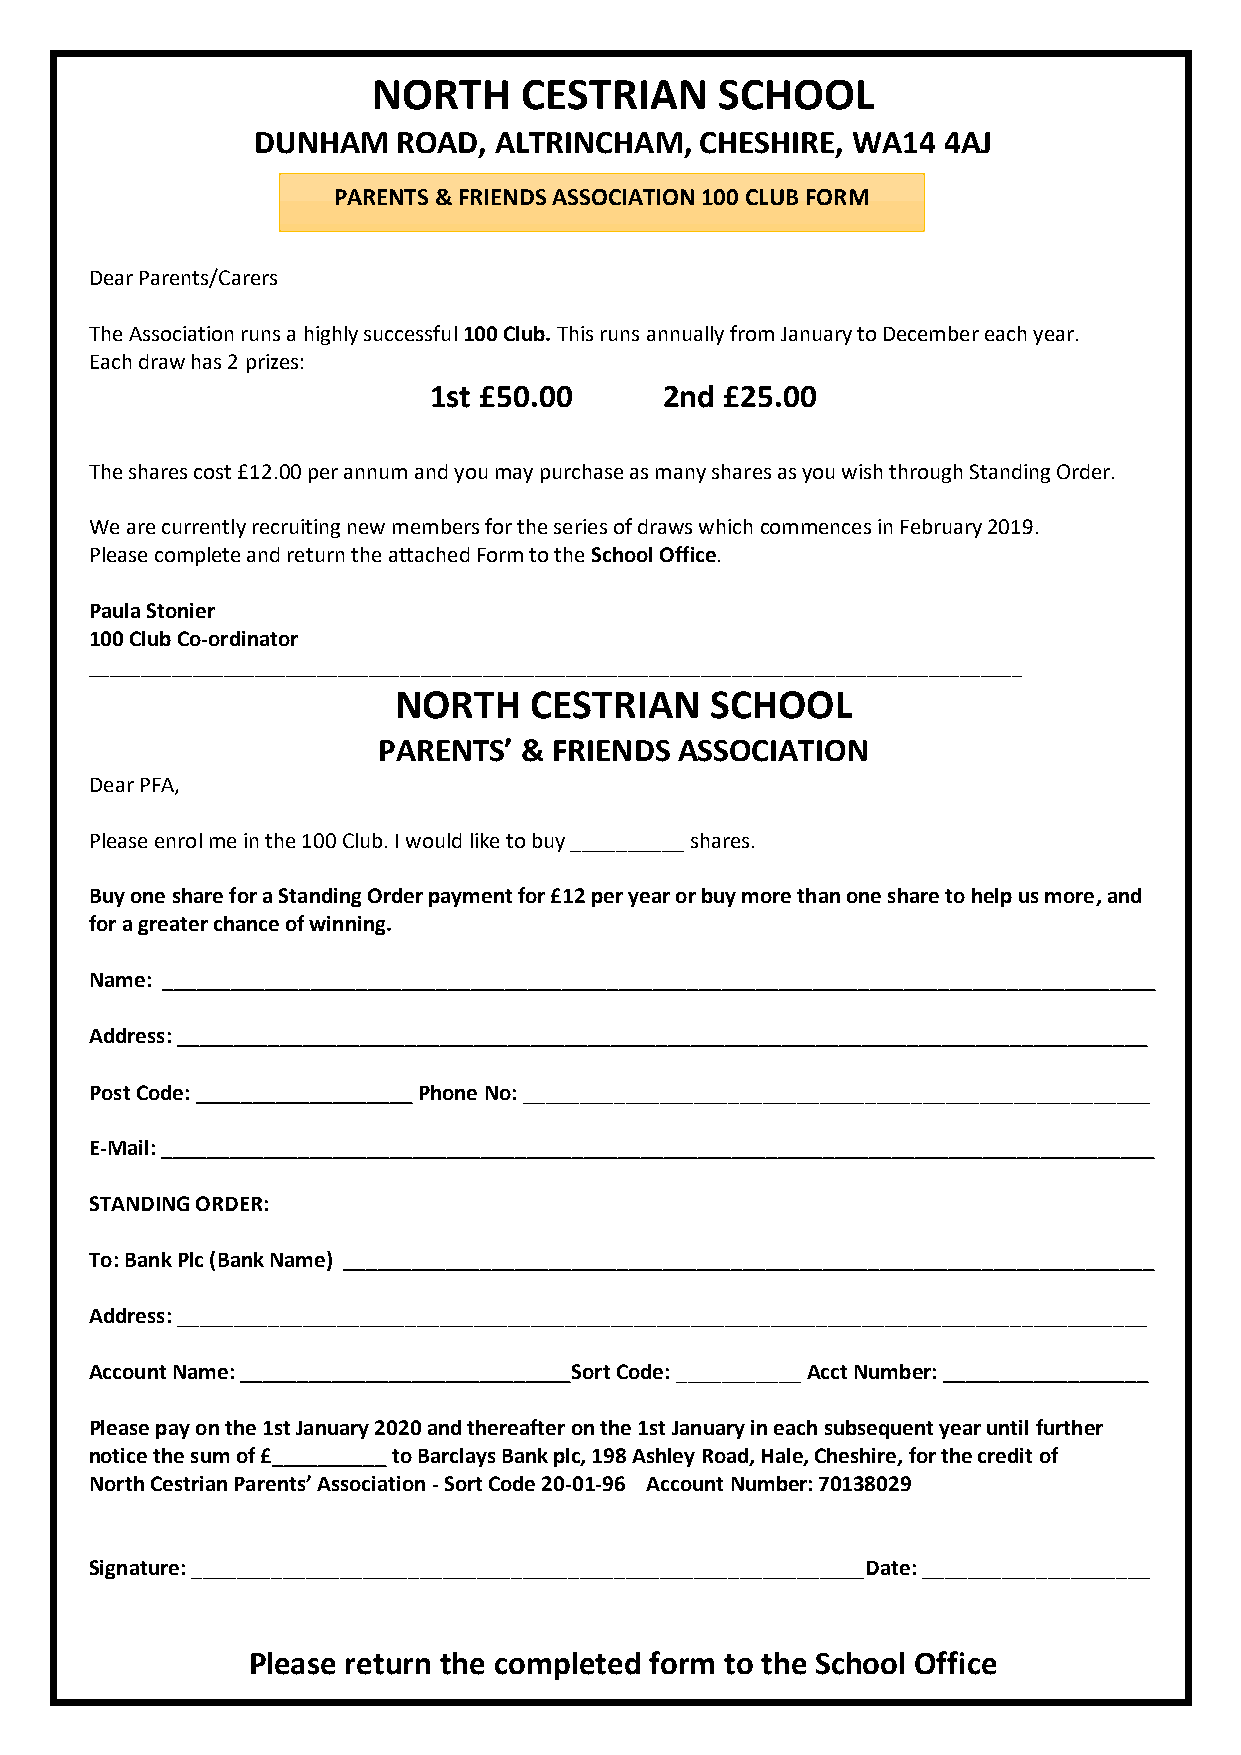
NORTH    CESTRIAN      SCHOOL
 DUNHAM   ROAD,  ALTRINCHAM,  CHESHIRE, WA14  4AJ
 PARENTS & FRIENDS ASSOCIATION 100 CLUB FORM
 Dear Parents/Carers
 The Association runs a highly successful 100 Club. This runs annually from January to December each year.
 Each draw has 2 prizes:
 1st £50.00      2nd £25.00
 The shares cost £12.00 per annum and you may purchase as many shares as you wish through Standing Order.
 We are currently recruiting new members for the series of draws which commences in February 2019.
 Please complete and return the attached Form to the School Office.
 Paula Stonier
 100 Club Co-ordinator
 __________________________________________________________________________________________
 NORTH    CESTRIAN    SCHOOL
 PARENTS’ &  FRIENDS ASSOCIATION
 Dear PFA,
 Please enrol me in the 100 Club. I would like to buy __________ shares.
 Buy one share for a Standing Order payment for £12 per year or buy more than one share to help us more, and
 for a greater chance of winning.
 Name: _______________________________________________________________________________________
 Address: _____________________________________________________________________________________
 Post Code: ___________________ Phone No: _______________________________________________________
 E-Mail: _______________________________________________________________________________________
 STANDING ORDER:
 To: Bank Plc (Bank Name) _______________________________________________________________________
 Address: _____________________________________________________________________________________
 Account Name: _____________________________Sort Code: ___________ Acct Number: __________________
 Please pay on the 1st January 2020 and thereafter on the 1st January in each subsequent year until further
 notice the sum of £__________ to Barclays Bank plc, 198 Ashley Road, Hale, Cheshire, for the credit of
 North Cestrian Parents’ Association - Sort Code 20-01-96 Account Number: 70138029
 Signature: ___________________________________________________________Date: ____________________
 Please return the completed form to the School Office